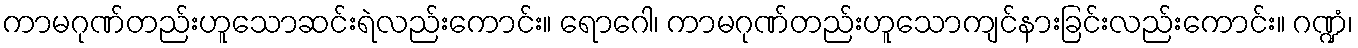
ကာမဂုဏ်တည်းဟူသောဆင်းရဲလည်းကောင်း။ ရောဂေါ၊ ကာမဂုဏ်တည်းဟူသောကျင်နားခြင်းလည်းကောင်း။ ဂဏ္ဍံ၊